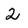
Character: 2